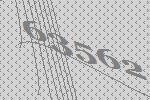
63562